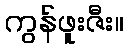
ကွန်ဖူးဇီး။